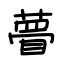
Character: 瞢